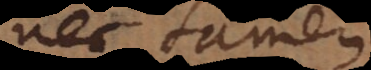
nec tamen